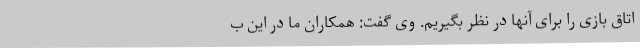
اتاق بازی را برای آنها در نظر بگیریم. وی گفت: همکاران ما در این ب